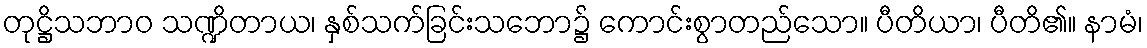
တုဋ္ဌိသဘာဝ သဏ္ဍိတာယ၊ နှစ်သက်ခြင်းသဘော၌ ကောင်းစွာတည်သော။ ပီတိယာ၊ ပီတိ၏။ နာမံ၊